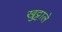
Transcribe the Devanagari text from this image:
खुट्टाले